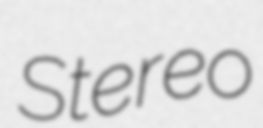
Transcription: Stereo